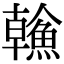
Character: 𩹼